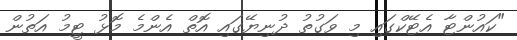
"ކައުންޓާ އެޓޭކްގައި މި ވަގުތު ދުނިޔޭގައި އޮތް އެންމެ މޮޅު ޓީމު އަތުން